Scientific memoirs by medical officers of the Army of India - Part III,
Year: 1887
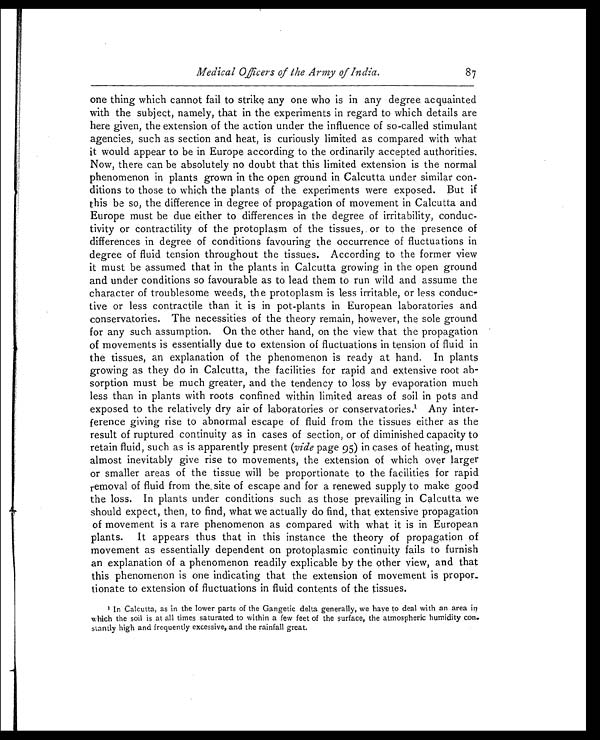
Medical Officers of the Army of India.
one thing which cannot fail to strike any one who is in any degree acquainted
with the subject, namely, that in the experiments in regard to which details are
here given, the extension of the action under the influence of so-called stimulant
agencies, such as section and heat, is curiously limited as compared with what
it would appear to be in Europe according to the ordinarily accepted authorities.
Now, there can be absolutely no doubt that this limited extension is the normal
phenomenon in plants grown in the, open ground in Calcutta under similar con-
ditions to those to which the plants of the experiments were exposed. But if
this be so, the difference in degree of propagation of movement in Calcutta and
Europe must be due either to differences in the degree of irritability, conduc-
tivity or contractility of the protoplasm of the tissues, or to the presence of
differences in degree of conditions favouring the occurrence of fluctuations in
degree of fluid tension throughout the tissues. According to the former view
it must be assumed that in the plants in Calcutta growing in the open ground
and under conditions so favourable as to lead them to run wild and assume the
character of troublesome weeds, the protoplasm is less irritable, or less conduc-
tive or less contractile than it is in pot-plants in European laboratories and
conservatories. The necessities of the theory remain, however, the sole ground
for any such assumption. On the other hand, on the view that the propagation
of movements is essentially due to extension of fluctuations in tension of fluid in
the tissues, an explanation of the phenomenon is ready at hand. In plants
growing as they do in Calcutta, the facilities for rapid and extensive root ab-
sorption must be much greater, and the tendency to loss by evaporation much
less than in plants with roots confined within limited areas of soil in pots and
exposed to the relatively dry air of laboratories or conservatories. 1 Any inter-
ference giving rise to abnormal escape of fluid from the tissues either as the
result of ruptured continuity as in cases of section, or of diminished capacity to
retain fluid, such as is apparently present (vide page 95) in cases of heating, must
almost inevitably give rise to movements, the extension of which over larger
or smaller areas of the tissue will be proportionate to the facilities for rapid
removal of fluid from the. site of escape and for a renewed supply to make good
the loss. In plants under conditions such as those prevailing in Calcutta we
should expect, then, to find, what we actually do find, that extensive propagation
of movement is a rare phenomenon as compared with what it is in European
plants. It appears thus that in this instance the theory of propagation of
movement as essentially dependent on protoplasmic continuity fails to furnish
an explanation of a phenomenon readily explicable by the other view, and that
this phenomenon is one indicating that the extension of movement is propor
tionate to extension of fluctuations in fluid contents of the tissues.
' In Calcutta, as in the lower parts of the Gangetic delta generally, we have to deal with an area in
which the soil is at all times saturated to within a few feet of the surface, the atmospheric humidity con.
stantly high and frequently excessive, and the rainfall great.
87